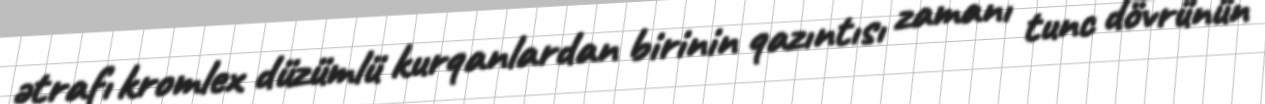
ətrafı kromlex düzümlü kurqanlardan birinin qazıntısı zamanı tunc dövrünün